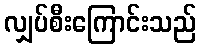
လျှပ်စီးကြောင်းသည်